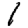
Digit: 1